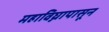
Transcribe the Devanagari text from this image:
महाविघ्नापासून